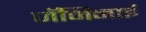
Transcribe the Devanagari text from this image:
जॅमिनाई